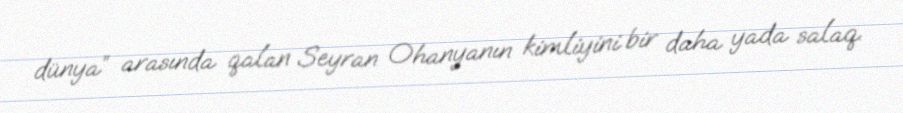
dünya” arasında qalan Seyran Ohanyanın kimliyini bir daha yada salaq.